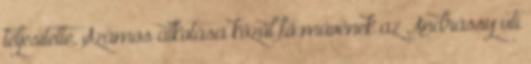
teljesítette. Számos alkotása közül fő művének az Andrássy úti